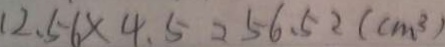
1 2 . 5 6 \times 4 . 5 2 5 6 . 5 2 ( c m ^ { 3 } )